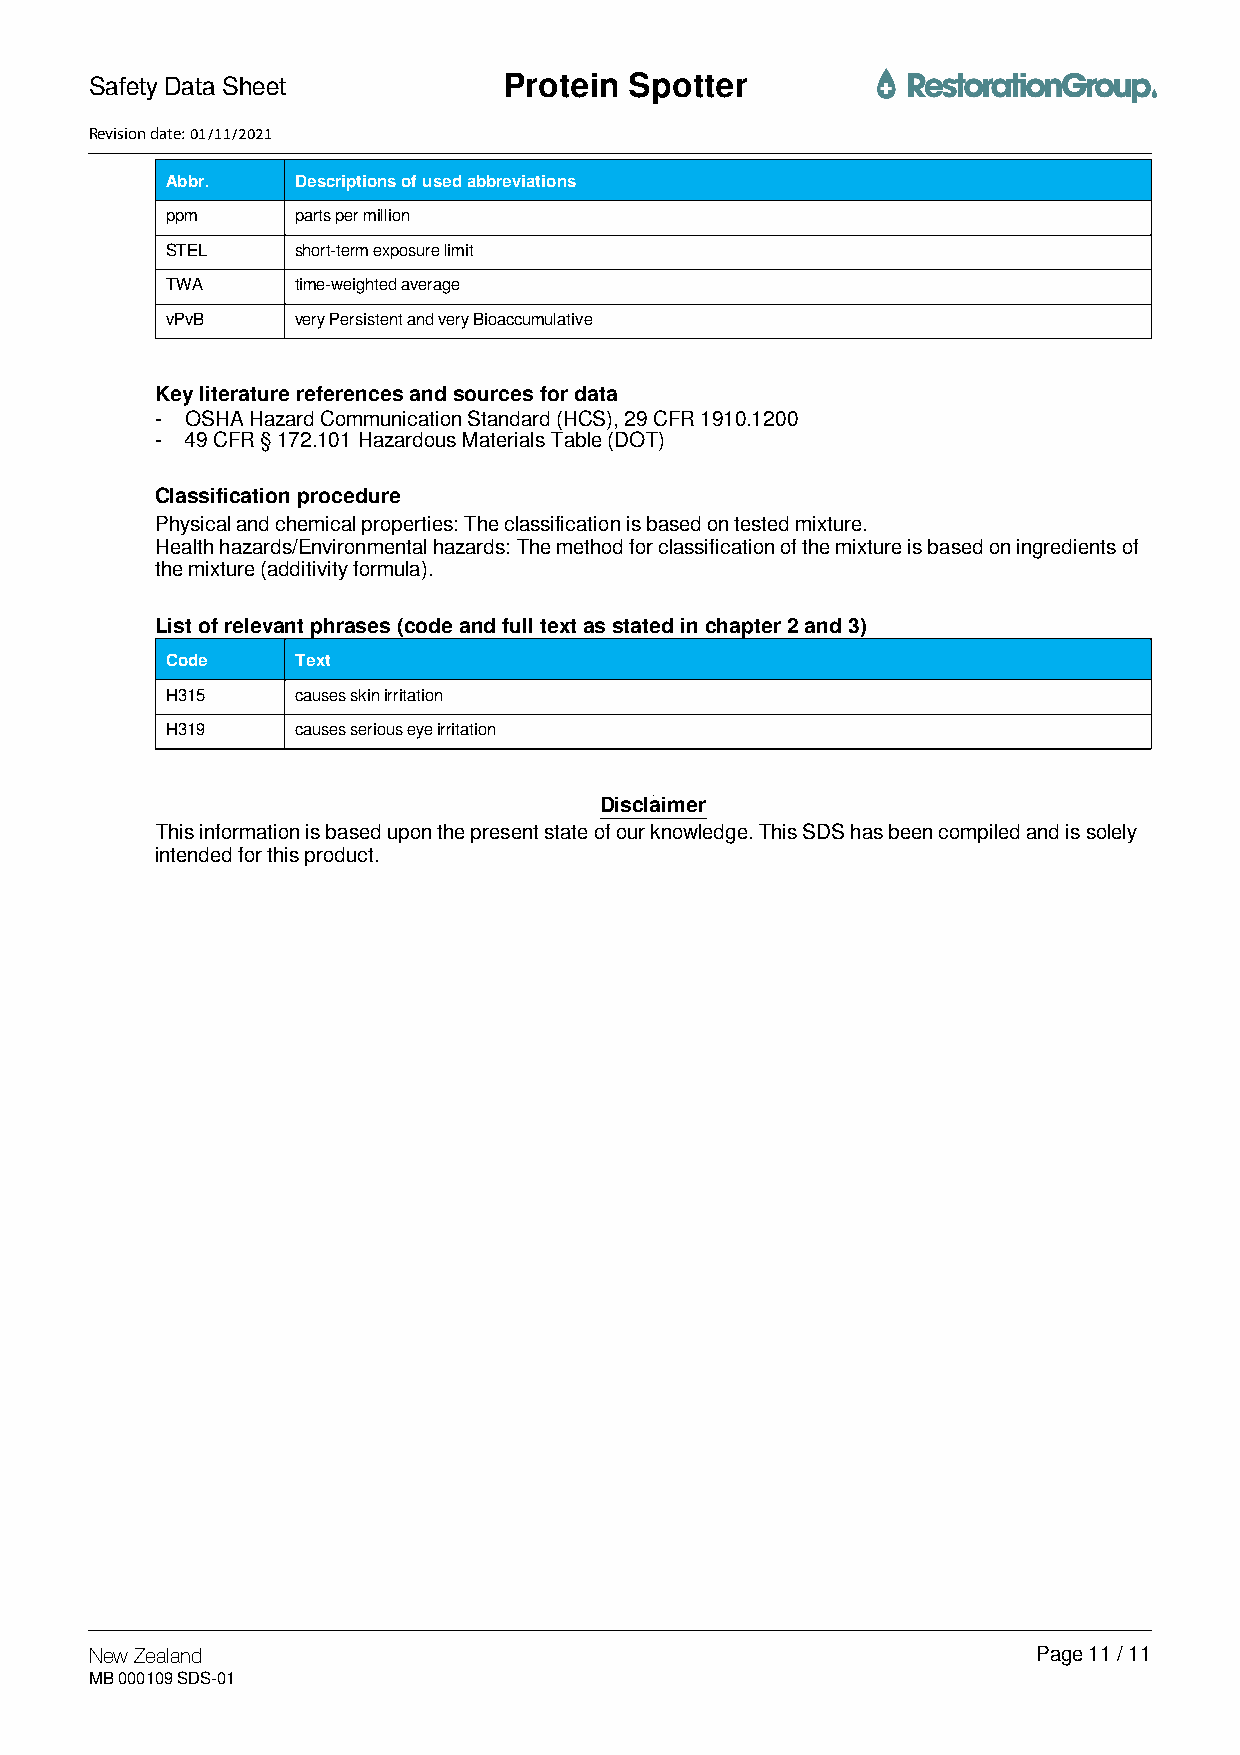
Safety Data Sheet          PPrrootteeiinn SSppootttteerr
 Revision date: 01/11/2021
 Abbr.    Descriptions of used abbreviations
 ppm      parts per million
 STEL     short-term exposure limit
 TWA      time-weighted average
 vPvB     very Persistent and very Bioaccumulative
 Key literature references and sources for data
 - OSHA Hazard Communication Standard (HCS), 29 CFR 1910.1200
 - 49 CFR § 172.101 Hazardous Materials Table (DOT)
 Classification procedure
 Physical and chemical properties: The classification is based on tested mixture.
 Health hazards/Environmental hazards: The method for classification of the mixture is based on ingredients of
 the mixture (additivity formula).
 List of relevant phrases (code and full text as stated in chapter 2 and 3)
 Code     Text
 H315     causes skin irritation
 H319     causes serious eye irritation
 Disclaimer
 This information is based upon the present state of our knowledge. This SDS has been compiled and is solely
 intended for this product.
 New Zealand                                                    Page 11 / 11
 MB 000109 SDS-01